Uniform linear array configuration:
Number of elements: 64
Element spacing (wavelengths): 1
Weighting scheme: uniform
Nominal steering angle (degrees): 30
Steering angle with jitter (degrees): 28.024
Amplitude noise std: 0.05
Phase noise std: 0.05

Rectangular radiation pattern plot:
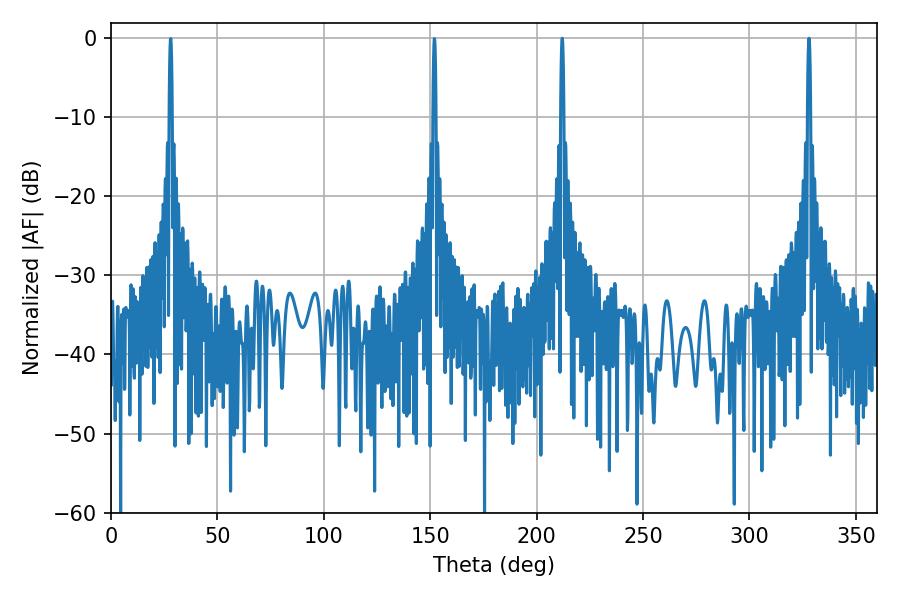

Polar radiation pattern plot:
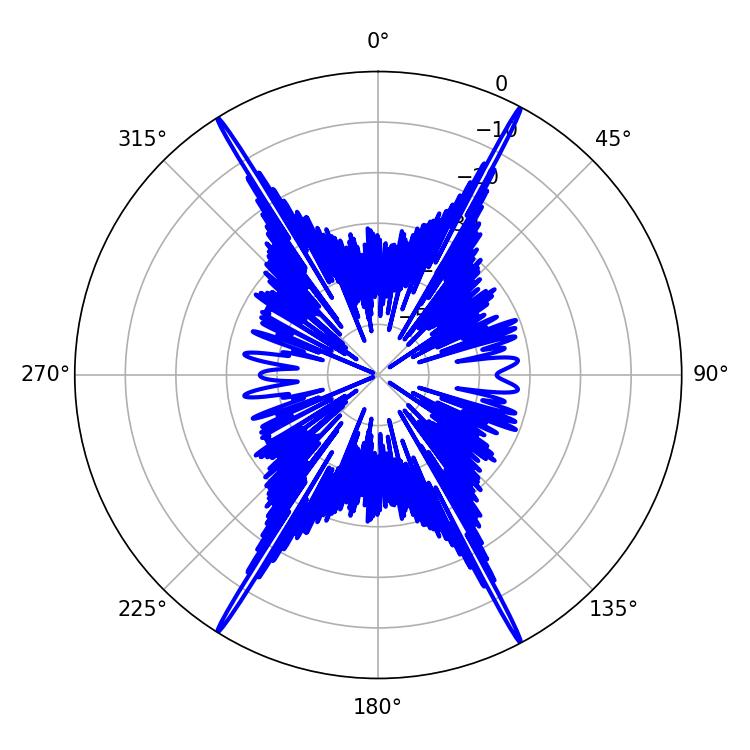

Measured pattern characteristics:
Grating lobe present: TRUE
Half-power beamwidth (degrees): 0.72
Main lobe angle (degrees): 212.04